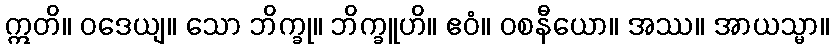
ဣတိ။ ဝဒေယျ။ သော ဘိက္ခု။ ဘိက္ခူဟိ။ ဧဝံ။ ဝစနီယော။ အဿ။ အာယသ္မာ။